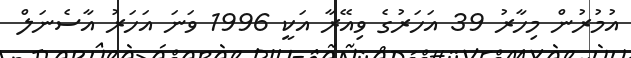
އުމުރުން މިހާރު 39 އަހަރުގެ ވިއޭރާ އަކީ 1996 ވަނަ އަހަރު އާސެނަލް